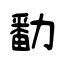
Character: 勫